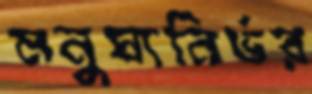
মনুষ্যনির্ভর